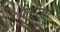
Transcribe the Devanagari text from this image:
शिरोरे़खा